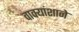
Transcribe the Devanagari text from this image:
वाक्यांशाने